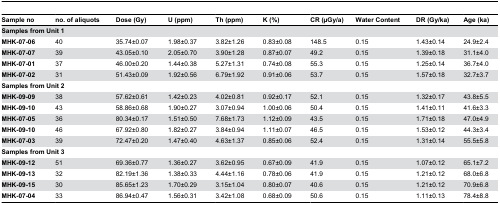
<table><thead><tr><td><b>Sample no</b></td><td><b>no. of aliquots</b></td><td><b>Dose (Gy)</b></td><td><b>U (ppm)</b></td><td><b>Th (ppm)</b></td><td><b>K (%)</b></td><td><b>CR (μGy/a)</b></td><td><b>Water Content</b></td><td><b>DR (Gy/ka)</b></td><td><b>Age (ka)</b></td></tr></thead><tbody><tr><td colspan="10"><b>Samples from Unit 1</b></td></tr><tr><td><b>MHK-07-06</b></td><td>40</td><td>35.74±0.07</td><td>1.98±0.37</td><td>3.82±1.26</td><td>0.83±0.08</td><td>148.5</td><td>0.15</td><td>1.43±0.14</td><td>24.9±2.4</td></tr><tr><td><b>MHK-07-07</b></td><td>39</td><td>43.05±0.10</td><td>2.05±0.70</td><td>3.90±1.28</td><td>0.87±0.07</td><td>49.2</td><td>0.15</td><td>1.39±0.18</td><td>31.1±4.0</td></tr><tr><td><b>MHK-07-01</b></td><td>37</td><td>46.00±0.20</td><td>1.44±0.38</td><td>5.27±1.31</td><td>0.74±0.08</td><td>55.3</td><td>0.15</td><td>1.25±0.14</td><td>36.7±4.0</td></tr><tr><td><b>MHK-07-02</b></td><td>31</td><td>51.43±0.09</td><td>1.92±0.56</td><td>6.79±1.92</td><td>0.91±0.06</td><td>53.7</td><td>0.15</td><td>1.57±0.18</td><td>32.7±3.7</td></tr><tr><td colspan="10"><b>Samples from Unit 2</b></td></tr><tr><td><b>MHK-09-09</b></td><td>38</td><td>57.62±0.61</td><td>1.42±0.23</td><td>4.02±0.81</td><td>0.92±0.17</td><td>52.1</td><td>0.15</td><td>1.32±0.17</td><td>43.8±5.5</td></tr><tr><td><b>MHK-09-10</b></td><td>43</td><td>58.86±0.68</td><td>1.90±0.27</td><td>3.07±0.94</td><td>1.00±0.06</td><td>50.4</td><td>0.15</td><td>1.41±0.11</td><td>41.6±3.3</td></tr><tr><td><b>MHK-07-05</b></td><td>36</td><td>80.34±0.17</td><td>1.51±0.50</td><td>7.68±1.73</td><td>1.12±0.09</td><td>43.5</td><td>0.15</td><td>1.71±0.18</td><td>47.0±4.9</td></tr><tr><td><b>MHK-09-10</b></td><td>46</td><td>67.92±0.80</td><td>1.82±0.27</td><td>3.84±0.94</td><td>1.11±0.07</td><td>46.5</td><td>0.15</td><td>1.53±0.12</td><td>44.3±3.4</td></tr><tr><td><b>MHK-07-03</b></td><td>39</td><td>72.47±0.20</td><td>1.47±0.40</td><td>4.63±1.37</td><td>0.85±0.06</td><td>52.4</td><td>0.15</td><td>1.31±0.14</td><td>55.5±5.8</td></tr><tr><td colspan="10"><b>Samples from Unit 3</b></td></tr><tr><td><b>MHK-09-12</b></td><td>51</td><td>69.36±0.77</td><td>1.36±0.27</td><td>3.62±0.95</td><td>0.67±0.09</td><td>41.9</td><td>0.15</td><td>1.07±0.12</td><td>65.1±7.2</td></tr><tr><td><b>MHK-09-13</b></td><td>32</td><td>82.19±1.36</td><td>1.38±0.33</td><td>4.44±1.16</td><td>0.78±0.06</td><td>41.9</td><td>0.15</td><td>1.21±0.12</td><td>68.0±6.8</td></tr><tr><td><b>MHK-09-15</b></td><td>30</td><td>85.65±1.23</td><td>1.70±0.29</td><td>3.15±1.04</td><td>0.80±0.07</td><td>40.6</td><td>0.15</td><td>1.21±0.12</td><td>70.9±6.8</td></tr><tr><td><b>MHK-07-04</b></td><td>33</td><td>86.94±0.47</td><td>1.56±0.31</td><td>3.42±1.08</td><td>0.68±0.09</td><td>50.6</td><td>0.15</td><td>1.11±0.13</td><td>78.4±8.8</td></tr></tbody></table>